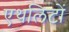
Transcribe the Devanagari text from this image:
एथलिटों